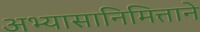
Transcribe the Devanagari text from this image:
अभ्यासानिमित्ताने